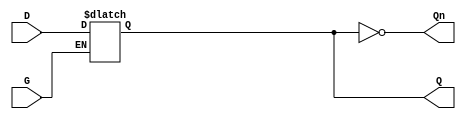
module gated_d_latch (
    input wire D,  // Data input
    input wire G,  // Enable input (Gate)
    output reg Q,  // Output
    output wire Qn // Complement of Output
);
    
    assign Qn = ~Q; // Complement output

    always @(G or D) begin
        if (G) begin
            Q <= D;  // Capture data when G is high
        end
        // When G is low, Q retains its previous state (no need to assign)
    end

endmodule